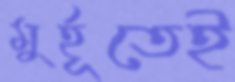
মুর্হূতেই